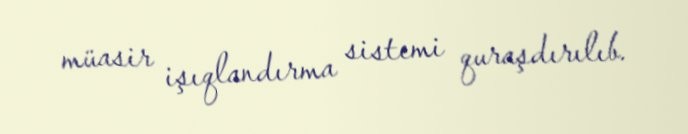
müasir işıqlandırma sistemi quraşdırılıb.